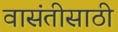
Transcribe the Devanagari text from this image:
वासंतीसाठी